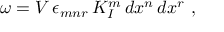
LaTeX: \omega = V \, \epsilon _ { m n r } \, K _ { I } ^ { m } \, d x ^ { n } \, d x ^ { r } \ ,